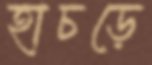
হাচড়ে